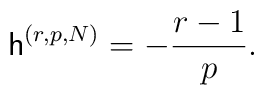
\mathsf{h}^{(r,p,N)}=-\frac{r-1}{p}.